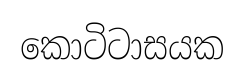
කොටිටාසයක